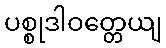
ပစ္စုဒါဝတ္တေယျ